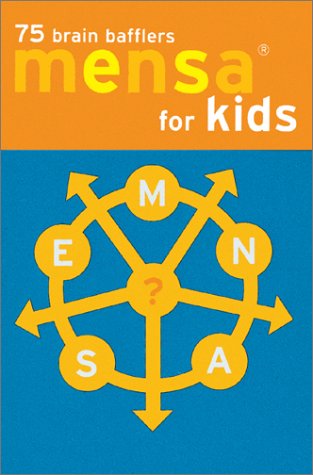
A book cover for Mensa Brain Bafflers for Kids; Teen & Young Adult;